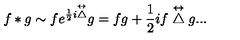
f * g \sim f e ^ { \frac { 1 } { 2 } i \stackrel { \leftrightarrow } { \bigtriangleup } } g = f g + \frac { 1 } { 2 } i f \stackrel { \leftrightarrow } { \bigtriangleup } g . . .